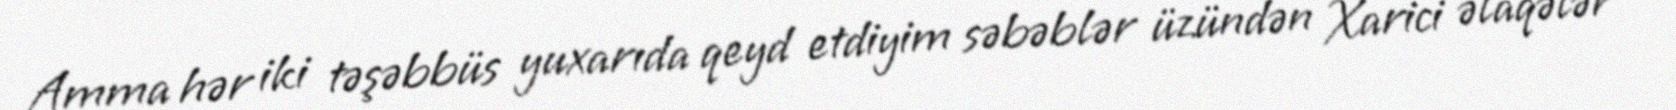
Amma hər iki təşəbbüs yuxarıda qeyd etdiyim səbəblər üzündən Xarici əlaqələr